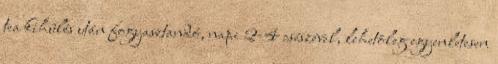
tea kihûlés után fogyasztandó, napi 2-4 csészével, lehetõleg egyenletesen